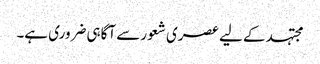
مجتہد کے لیے عصری شعور سے آگاہی ضروری ہے۔